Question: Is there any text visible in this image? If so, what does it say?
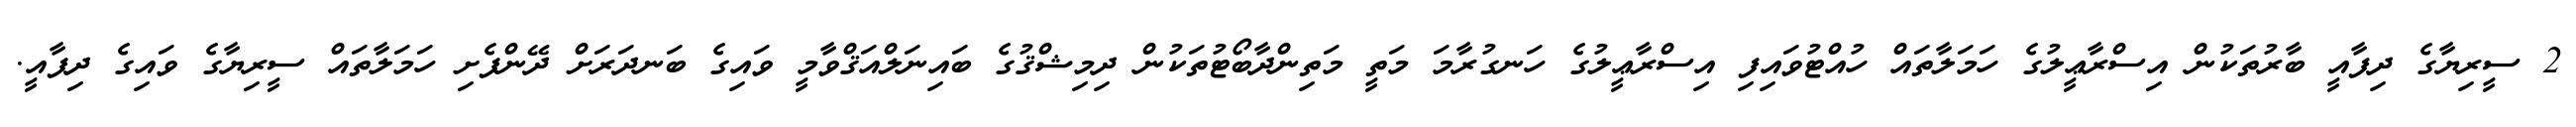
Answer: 2 ސީރިޔާގެ ދިފާއީ ބާރުތަކުން އިސްރާޢީލުގެ ހަމަލާތައް ހުއްޓުވައިފި އިސްރާޢީލުގެ ހަނގުރާމަ މަތީ މަތިންދާބޯޓުތަކުން ދިމިޝްޤުގެ ބައިނަލްއަޤްވާމީ ވައިގެ ބަނދަރަށް ދޭންފެށި ހަމަލާތައް ސީރިޔާގެ ވައިގެ ދިފާއީ.